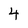
Character: 4